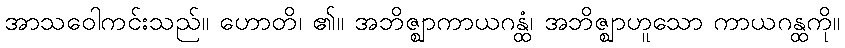
အာသဝေါကင်းသည်။ ဟောတိ၊ ၏။ အဘိဇ္ဈာကာယဂန္ထံ၊ အဘိဇ္ဈာဟူသော ကာယဂန္ထကို။